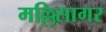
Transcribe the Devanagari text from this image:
मल्लिसागर